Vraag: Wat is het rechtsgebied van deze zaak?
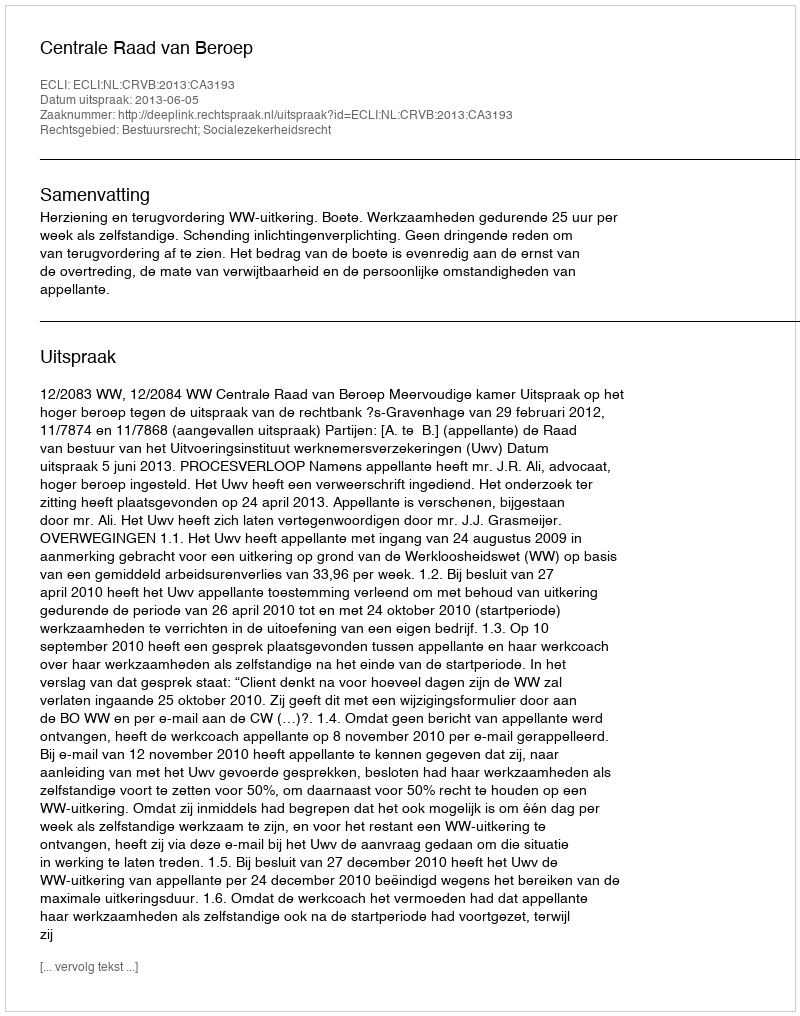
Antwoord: Bestuursrecht; Socialezekerheidsrecht